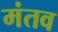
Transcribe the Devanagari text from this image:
मंतव